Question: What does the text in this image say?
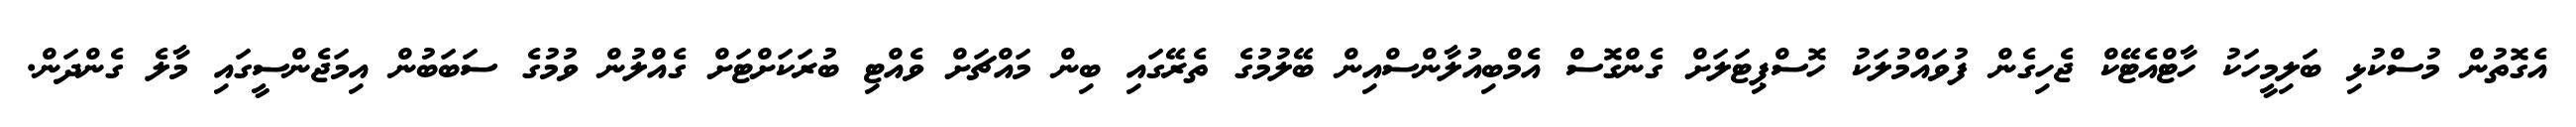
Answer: އެގޮތުން މުސްކުޅި ބަލިމީހަކު ހާޓްއެޓޭކް ޖެހިގެން ފުވައްމުލަކު ހޮސްޕިޓަލަށް ގެންގޮސް އެމްބިއުލާންސްއިން ބޭލުމުގެ ތެރޭގައި ބިން މައްޗަށް ވެއްޓި ބުރަކަށްޓަށް ގެއްލުން ވުމުގެ ސަބަބުން އިމަޖެންސީގައި މާލެ ގެންދަން.